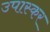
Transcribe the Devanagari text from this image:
उपास्कर